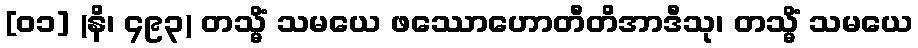
[၀၁] (နိ၊ ၄၉၃) တသ္မိံ သမယေ ဖဿောဟောတီတိအာဒီသု၊ တသ္မိံ သမယေ